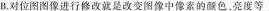
B.对位图图像进行修改就是改变图像中像素的颜色。亮度等